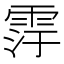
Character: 䨕